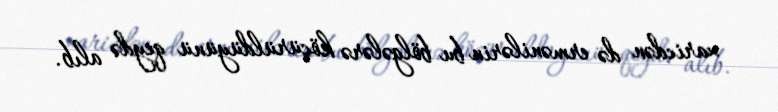
xaricdən də ermənilərin bu bölgələrə köçürüldüyünü qeydə alıb.